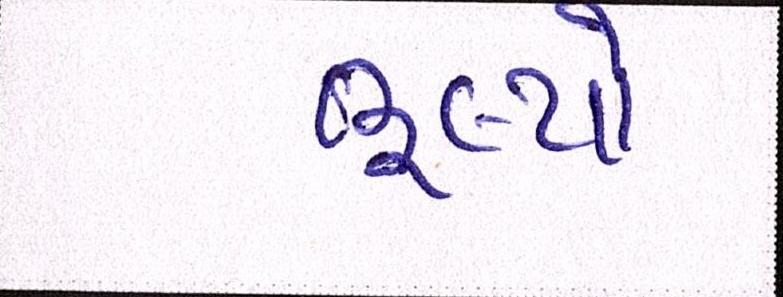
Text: ભૂલ્યો